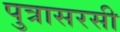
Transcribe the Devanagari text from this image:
पुत्रासरसी